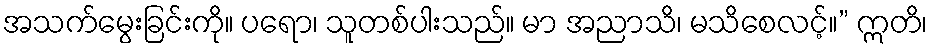
အသက်မွေးခြင်းကို။ ပရော၊ သူတစ်ပါးသည်။ မာ အညာသိ၊ မသိစေလင့်။” ဣတိ၊